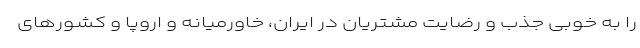
را به خوبی جذب و رضایت مشتریان در ایران، خاورمیانه و اروپا و کشورهای